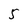
Character: 5